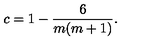
c = 1 - \frac { 6 } { m ( m + 1 ) } .